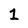
Character: 1